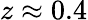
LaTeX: z\approx 0.4